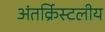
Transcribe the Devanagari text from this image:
अंतर्क्रिस्टलीय